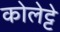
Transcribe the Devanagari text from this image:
कोलेट्टे